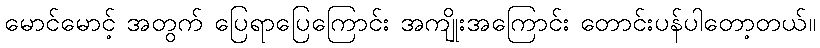
မောင်မောင့် အတွက် ပြေရာပြေကြောင်း အကျိုးအကြောင်း တောင်းပန်ပါတော့တယ်။